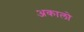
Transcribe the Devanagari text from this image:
अकालो